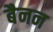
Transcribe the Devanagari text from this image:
बैनन